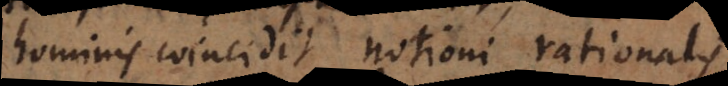
hominis coincidit notioni rationalis